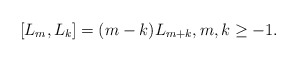
\begin{align*} [L_m, L_k] = (m-k)L_{m+k}, m, k\geq -1.\end{align*}